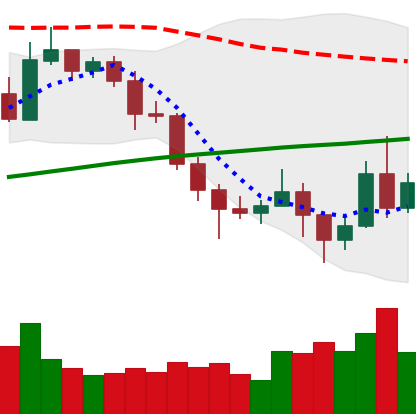
Ticker: NEO-USD
Chart end date: 2020-11-08
Forward return: 3.548%
Label: up_3_5